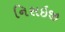
નિસઇજી